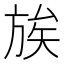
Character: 𫞀